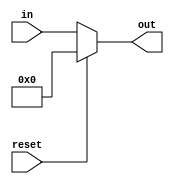
module pc(in, out, reset);
	input[15:0] in;
	input reset;
	output reg [15:0] out;
	
	
	
	always@(*)
	begin
		if(reset)
		begin
			out = 16'b0;
		end
		else
		begin
			out=in;
		end
	end
endmodule